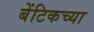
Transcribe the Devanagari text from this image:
बेंटिकच्या